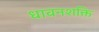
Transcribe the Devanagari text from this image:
धावनशक्ति